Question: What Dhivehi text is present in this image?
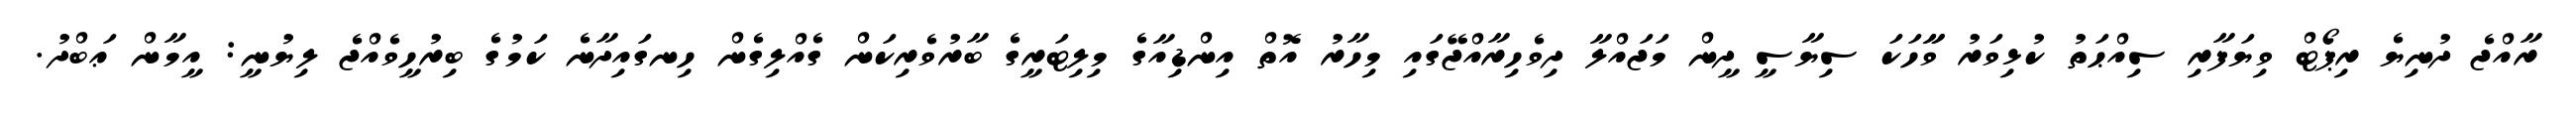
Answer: ރާއްޖެ ދުނިޔެ ރިޕޯޓް ވިޔަފާރި ސިއްޙަތު ކުޅިވަރު ވާާހަކަ ސިޔާސީ ދީން މަޖައްލާ ދިވެހިރާއްޖޭގައި މިހާރު އޮތް އިންޑިއާގެ މިލިޓަރީގެ ބާރުވެރިކަން ގެއްލިގެން ހިނގައިދާނެ ކަމުގެ ބިރުހީވެއްޖެ ލިޔުނީ: އީމާން ޢަބްދު.